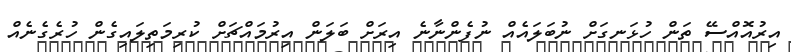
އިރުއޮއްސޭ ތަން ހުޅަނގަށް ނުބަލައެއް ނުފެންނާނެ އިރަށް ބަލަން އިރުމައްޗަށް ކުރިމަތިލައިގެން ހުރެގެނެއް